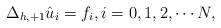
LaTeX: \begin{align*}\Delta_{h,+1} {\hat u}_i = f_i , i = 0, 1,2,\cdots N,\end{align*}